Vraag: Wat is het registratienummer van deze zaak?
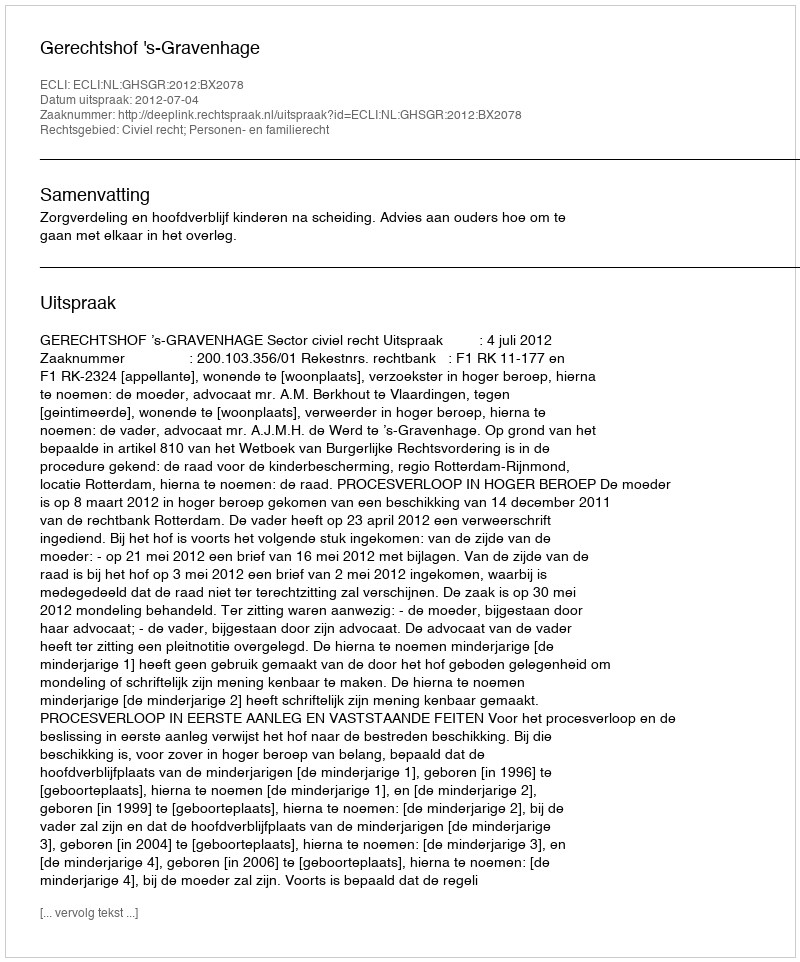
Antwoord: http://deeplink.rechtspraak.nl/uitspraak?id=ECLI:NL:GHSGR:2012:BX2078